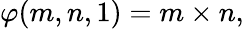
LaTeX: \varphi(m,n,1)=m\times n,